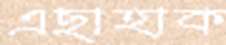
এছাহাক